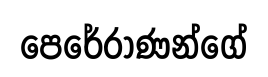
පෙරේරාණන්ගේ